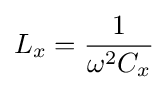
L_{x}={\frac {1}{\omega ^{2}C_{x}}}